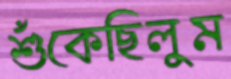
শুঁকেছিলুম